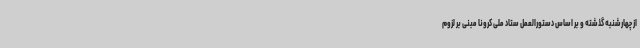
از چهارشنبه گذشته و بر اساس دستورالعمل ستاد ملی کرونا مبنی بر لزوم